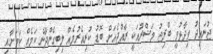
ޖުނައިދު ވިދާޅުވީ ބްރިޖު މަޝްރޫއަކީ ރާއްޖެއަށް ބޮޑު ކުރިއެރުމެއް ލިބިގެންދާނެ ކަމެއް ކަމަށާއި